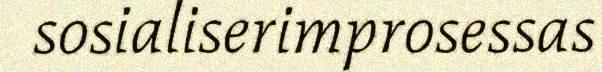
sosialiserimprosessas